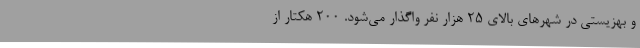
و بهزیستی در شهرهای بالای 25 هزار نفر واگذار می‌شود. 200 هکتار از